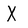
Character: X